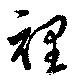
裡